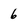
Character: 6